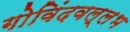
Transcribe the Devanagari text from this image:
गोविंदवल्लभ